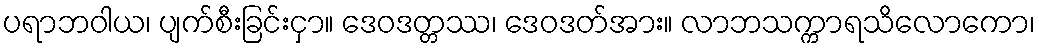
ပရာဘဝါယ၊ ပျက်စီးခြင်းငှာ။ ဒေဝဒတ္တဿ၊ ဒေဝဒတ်အား။ လာဘသက္ကာရသိလောကော၊